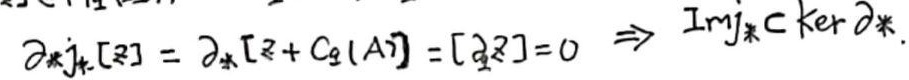
$\partial_* j_*[z]=\partial_*[z + C_1(A)]=[\partial_1 z]=0\Rightarrow \text{Im}j_*\subset \ker\partial_*.$